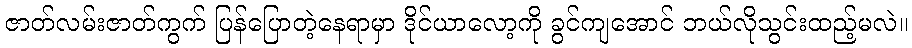
ဇာတ်လမ်းဇာတ်ကွက် ပြန်ပြောတဲ့နေရာမှာ ဒိုင်ယာလော့ကို ခွင်ကျအောင် ဘယ်လိုသွင်းထည့်မလဲ။